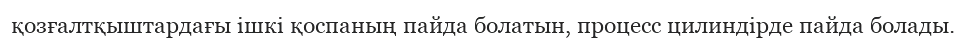
қозғалтқыштардағы ішкі қоспаның пайда болатын, процесс цилиндірде пайда болады.